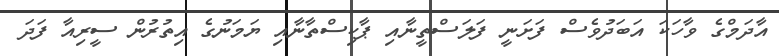
އާދަމްގެ ވާހަކަ އަބަދުވެސް ފަށަނީ ފަލަސްތީނާއި ޕާކިސްތާނާއި ޔަމަނުގެ އިތުރުން ސީރިއާ ފަދަ